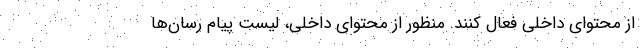
از محتوای داخلی فعال کنند. منظور از محتوای داخلی، لیست پیام رسان‌ها